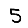
Digit: 5